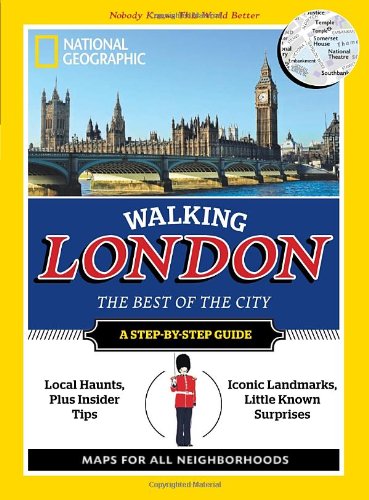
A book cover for Walking London (Cities of a Lifetime); National Geographic; Travel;